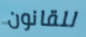
للقانون